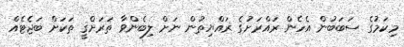
މިކަމުގެ ސަބަބުން އެހެން ރައްރަށުގެ ރައްޔިތުން ނަށް ލިބެންވާ ތަރަށްޤީ ތަކަށް ބަޖެޓެއް